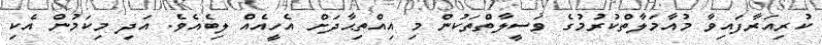
ކުރިއަރާފައިވާ މުއާމަލާތްކުރުމުގެ ވަސީލާތްތަކުން މި އިއްތިޙާދަށް އެހީއެއް ލިބެއެވެ. އަދި މިކަމުން އެކި